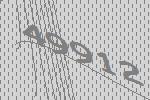
49912